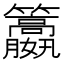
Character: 𥸏